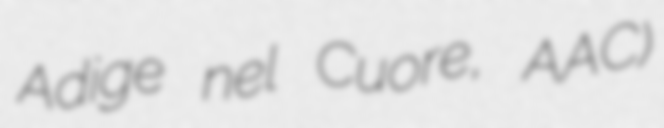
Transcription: Adige nel Cuore, AAC)